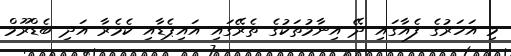
މި އަހަރުގެ ފެއާގައި ދޭ އިނާމުތަކުގެ ތެރޭގައި އައިޕެޑާއި ކެމެރާ އަދި ބެޑްރޫމް